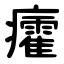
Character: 癨